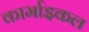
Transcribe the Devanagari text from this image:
कार्माइकल